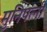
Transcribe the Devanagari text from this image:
मुनिपत्‍नी